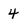
Character: 4